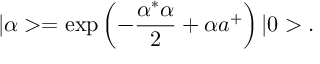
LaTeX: | \alpha > = \exp { \left( - \frac { \alpha ^ { * } \alpha } { 2 } + \alpha a ^ { + } \right) } \, | 0 > .